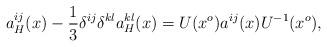
LaTeX: \begin{align*}a_H^{ij}(x) - \frac{1}{3}\delta^{ij}\delta^{kl}a_H^{kl}(x)= U(x^o)a^{ij}(x) U^{-1}(x^o),\end{align*}